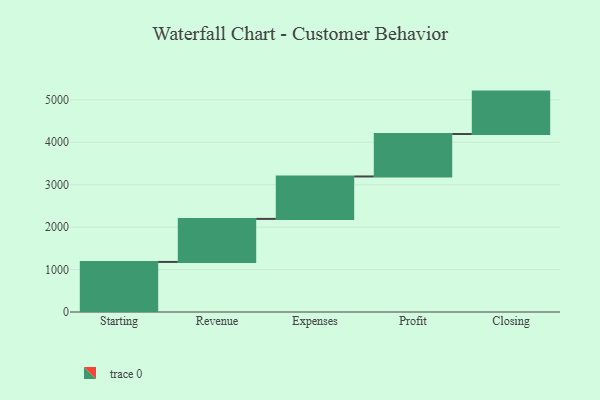
{"axis": {"x": "Step", "y": "Value"}, "legend": [""], "data": [{"x": "Starting", "y": 1180.0, "type": ""}, {"x": "Revenue", "y": 1014.0, "type": ""}, {"x": "Expenses", "y": 1000, "type": ""}, {"x": "Profit", "y": 1000, "type": ""}, {"x": "Closing", "y": 1000, "type": ""}]}